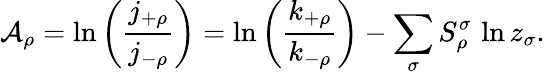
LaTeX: \mathcal{A}_{\rho}=\ln\left(\frac{j_{+\rho}}{j_{-\rho}}\right)=\ln\left(\frac{k_{+\rho}}{k_{-\rho}}\right)-\sum_{\sigma}S_{\rho}^{\sigma}\, \ln z_{\sigma}.